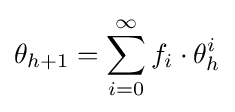
\theta _{h+1}=\sum _{i=0}^{\infty }f_{i}\cdot \theta _{h}^{i}